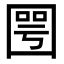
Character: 𡈆